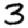
Digit: 3